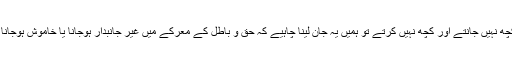
اگر ہم الحدیدہ کے بارے میں کچھ نہیں جانتے اور کچھ نہیں کرتے تو ہمیں یہ جان لینا چاہیے کہ حق و باطل کے معرکے میں غیر جانبدار ہوجانا یا خاموش ہوجانا در اصل باطل کی ہی مدد ہے۔